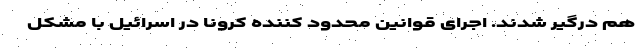
هم درگیر شدند. اجرای قوانین محدود کننده کرونا در اسرائیل با مشکل